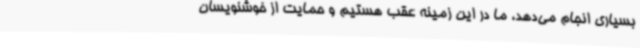
بسیاری انجام می‌دهد، ما در این زمینه عقب هستیم و حمایت از خوشنویسان